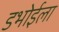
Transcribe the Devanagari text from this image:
डभोईला